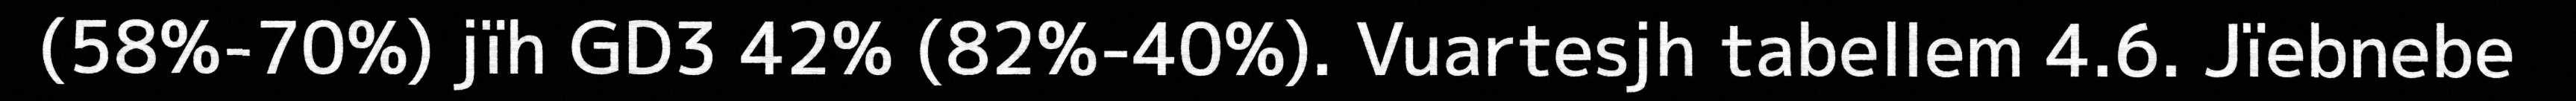
(58%-70%) jïh GD3 42% (82%-40%). Vuartesjh tabellem 4.6. Jïebnebe